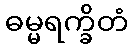
ဓမ္မရက္ခိတံ